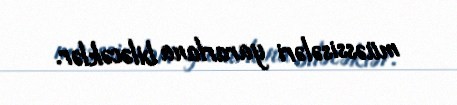
müəssisələri yararlana biləcəklər.